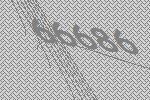
66686